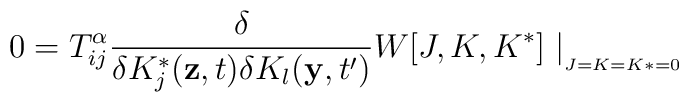
0=T_{ij}^{\alpha }\frac{\delta }{\delta K_{j}^{*}(\mathbf{z},t)\delta K_{l}(\mathbf{y},t')}W[J,K,K^{*}]\mid _{_{_{J=K=K*=0}}}